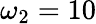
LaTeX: \omega_{2}=10